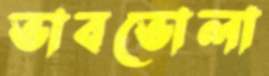
ভাবভোলা